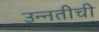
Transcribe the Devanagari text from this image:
उन्‍नतीची